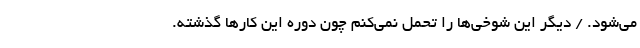
می‌شود. / دیگر این شوخی‌ها را تحمل نمی‌کنم چون دوره این کارها گذشته.